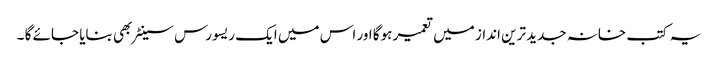
یہ کتب خانہ جدید ترین انداز میں تعمیر ہوگا اور اس میں ایک ریسورس سینٹر بھی بنایا جائے گا ۔